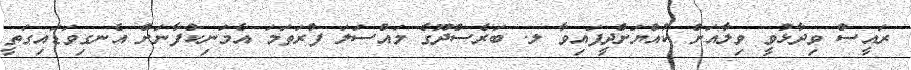
ރައީސް ވިދާޅުވީ ވިލާއަށް ކުއްޔަށްދީފައިވާ ލ. ބަރެސްދޫގެ މައްސަލަ ފުރަތަމަ އެމަނިކުފާނަށް އެނގިވަޑައިގަތީ